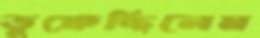
ডুক্‌রেছিলেম